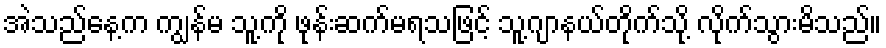
အဲသည်နေ့က ကျွန်မ သူ့ကို ဖုန်းဆက်မရသဖြင့် သူ့ဂျာနယ်တိုက်သို့ လိုက်သွားမိသည်။